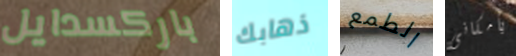
باركسدايل ذهابك الطمع بأمكانى